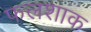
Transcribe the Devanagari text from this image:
फलशाक